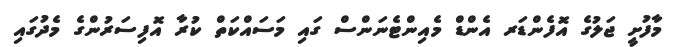
މާފުށީ ޖަލުގެ އޮފެންޑަރ އެންޑް މެއިންޓެނަންސް ގައި މަސައްކަތް ކުރާ އޮފިސަރުންގެ މެދުގައި